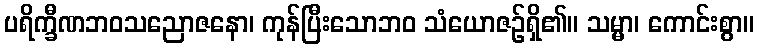
ပရိက္ခီဏဘဝသညောဇနော၊ ကုန်ပြီးသောဘဝ သံယောဇဉ်ရှိ၏။ သမ္မာ၊ ကောင်းစွာ။